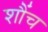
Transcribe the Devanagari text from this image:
शौंच